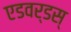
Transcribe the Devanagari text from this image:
एडवर्डस्‌